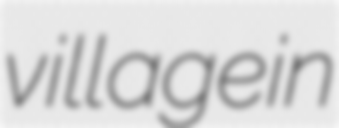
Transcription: village in